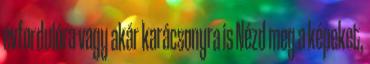
évfordulóra vagy akár karácsonyra is Nézd meg a képeket,